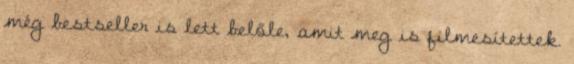
még bestseller is lett belőle, amit meg is filmesítettek.